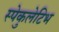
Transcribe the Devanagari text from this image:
स्पेकुलेटिभ